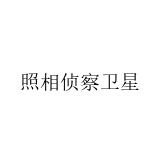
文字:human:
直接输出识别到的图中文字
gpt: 照相侦察卫星